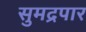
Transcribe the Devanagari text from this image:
सुमद्रपार